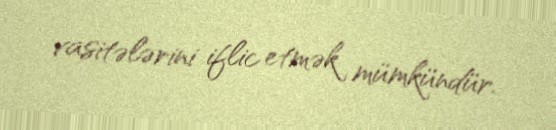
vasitələrini iflic etmək mümkündür.